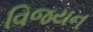
વિજયન